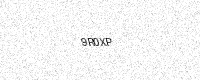
Text: 9R0XP